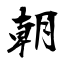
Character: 朝